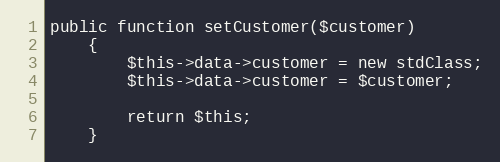
Language: PHP
public function setCustomer($customer)
    {
        $this->data->customer = new stdClass;
        $this->data->customer = $customer;

        return $this;
    }